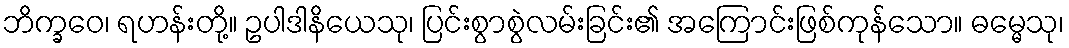
ဘိက္ခဝေ၊ ရဟန်းတို့။ ဥပါဒါနိယေသု၊ ပြင်းစွာစွဲလမ်းခြင်း၏ အကြောင်းဖြစ်ကုန်သော။ ဓမ္မေသု၊